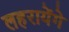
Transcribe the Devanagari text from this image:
लहरायेंगे